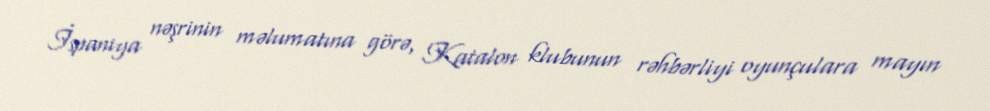
İspaniya nəşrinin məlumatına görə, Katalon klubunun rəhbərliyi oyunçulara mayın